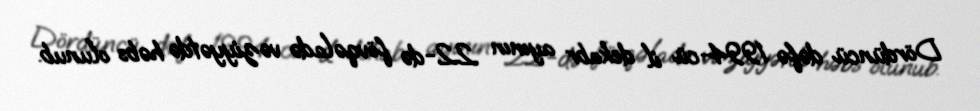
Dördüncü dəfə 1994-cü il dekabr ayının 22-də fövqəladə vəziyyətdə həbs olunub.